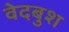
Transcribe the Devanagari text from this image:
वेदबुश